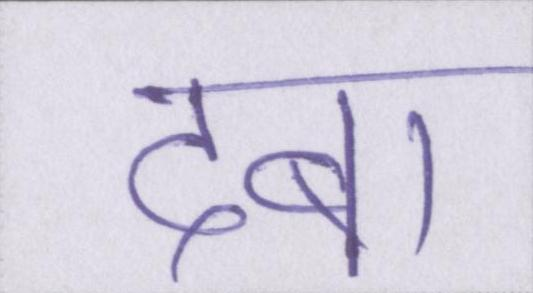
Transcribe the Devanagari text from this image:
दबा